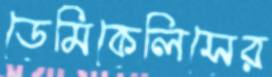
ডেমিকেলিসের